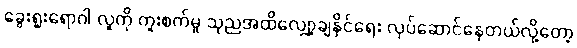
ခွေးရူးရောဂါ လူကို ကူးစက်မှု သုညအထိလျှော့ချနိုင်ရေး လုပ်ဆောင်နေတယ်လို့တော့